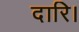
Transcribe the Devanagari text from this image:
दारि।